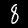
Label: 8